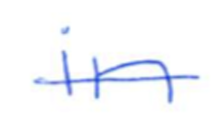
Text: in
Cross-out: single-line
Writing tool: ballpoint